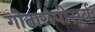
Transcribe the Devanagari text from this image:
गीतारूपीसूर्य